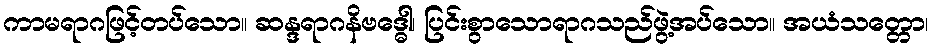
ကာမရာဂဖြင့်တပ်သော။ ဆန္ဒရာဂနိဗဒ္ဓေါ၊ ပြင်းစွာသောရာဂသည်ဖွဲ့အပ်သော။ အယံသတ္တော၊